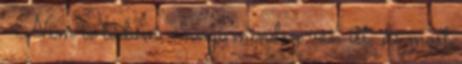
-Nem is tudom, annyi minden van itt, de most